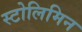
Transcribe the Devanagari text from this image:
स्टोलिमिन